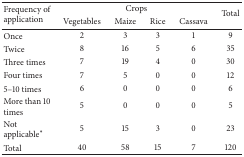
<table><thead><tr><td rowspan="2"><b>Frequency of application</b></td><td colspan="4"><b>Crops</b></td><td rowspan="2"><b>Total</b></td></tr><tr><td><b>Vegetables</b></td><td><b>Maize</b></td><td><b>Rice</b></td><td><b>Cassava</b></td></tr></thead><tbody><tr><td>Once</td><td>2</td><td>3</td><td>3</td><td>1</td><td>9</td></tr><tr><td>Twice</td><td>8</td><td>16</td><td>5</td><td>6</td><td>35</td></tr><tr><td>Three times</td><td>7</td><td>19</td><td>4</td><td>0</td><td>30</td></tr><tr><td>Four times</td><td>7</td><td>5</td><td>0</td><td>0</td><td>12</td></tr><tr><td>5–10 times</td><td>6</td><td>0</td><td>0</td><td>0</td><td>6</td></tr><tr><td>More than 10 times</td><td>5</td><td>0</td><td>0</td><td>0</td><td>5</td></tr><tr><td>Not applicable<sup><i>∗</i></sup></td><td>5</td><td>15</td><td>3</td><td>0</td><td>23</td></tr><tr><td>Total</td><td>40</td><td>58</td><td>15</td><td>7</td><td>120</td></tr></tbody></table>